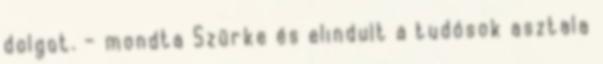
dolgot. – mondta Szürke és elindult a tudósok asztala